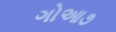
ગોઆ૭